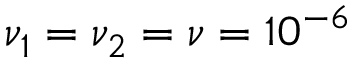
\nu _ { 1 } = \nu _ { 2 } = \nu = 1 0 ^ { - 6 }